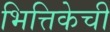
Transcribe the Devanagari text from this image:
भित्तिकेची